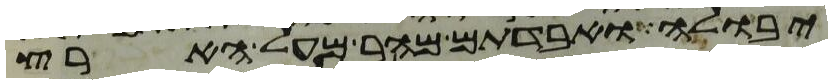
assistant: יבולה ואבדתם מהר מעל הארץ